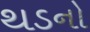
થડનો